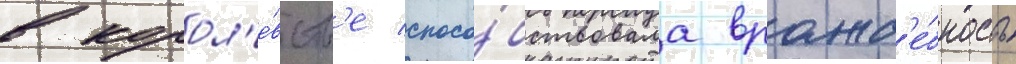
в корол'е́вств'е спосо́бствовала вражд'е́бность